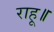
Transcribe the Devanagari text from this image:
राहू॥